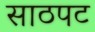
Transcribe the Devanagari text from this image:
साठपट